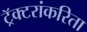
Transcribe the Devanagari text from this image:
ट्रॅक्टरांकरिता